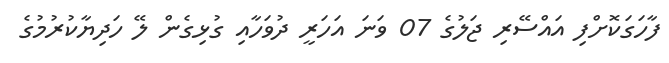
ފާހަގަކޮށްފި އައްސޭރި ޖަލުގެ 07 ވަނަ އަހަރީ ދުވަހާއި ގުޅިގެން ލޭ ހަދިޔާކުރުމުގެ